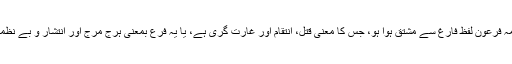
بعید نہیں ہے کہ کلمہِ فرعون لفظ فارغ سے مشتق ہوا ہو، جس کا معنی قتل، انتقام اور غارت گری ہے، یا یہ فرع بمعنی ہرج مرج اور انتشار و بے نظمی سے مشتق ہوا ہو۔